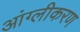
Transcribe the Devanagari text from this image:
आंग्लीकरण